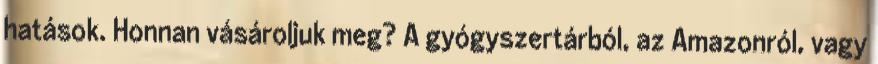
hatások. Honnan vásároljuk meg? A gyógyszertárból, az Amazonról, vagy